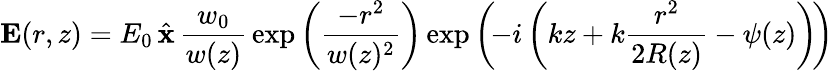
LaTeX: {\mathbf{E}(r,z)}=E_{0}\, {\hat{\mathbf{x}}}\, {\frac{w_{0}}{w(z)}}\exp\left({\frac{-r^{2}}{w(z)^{2}}}\right)\exp\left(\! -i\left(kz+k{\frac{r^{2}}{2R(z)}}-\psi(z)\right)\! \right)